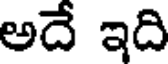
అదే ఇది